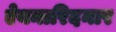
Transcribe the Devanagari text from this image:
ऐयनारिदनार